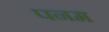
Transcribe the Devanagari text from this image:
पनम